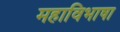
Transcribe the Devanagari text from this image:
महाविभाषा